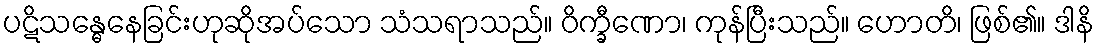
ပဋိသန္ဓေနေခြင်းဟုဆိုအပ်သော သံသရာသည်။ ဝိက္ခီဏော၊ ကုန်ပြီးသည်။ ဟောတိ၊ ဖြစ်၏။ ဒါနိ